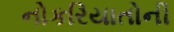
નોકરિયાતોની